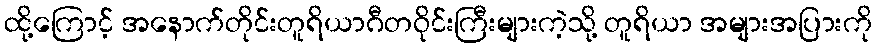
ထို့ကြောင့် အနောက်တိုင်းတူရိယာဂီတဝိုင်းကြီးများကဲ့သို့ တူရိယာ အများအပြားကို